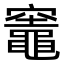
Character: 竈